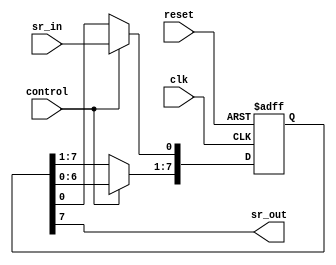
module PR14
#(parameter N=8)
(
	input clk, control, reset,
	input sr_in,
	output sr_out
);
	reg [N-1:0] sr;
	assign sr_out = sr[N-1];
	always @ (posedge clk or posedge reset)
	begin
		if (reset) sr <= {N{1'b0}};
		else
			if (control)
			begin
			sr[N-1:1] <= sr[N-2:0];
			sr[0] <= sr_in;
			end
	end
endmodule

module DUT
#(parameter N=8)
(
	input clk, control, reset,
	input sr_in,
	output reg sr_out
);
	reg [N-1:0] sr;
	always @ (posedge clk or posedge reset)
	begin
		if (reset) begin sr <= {N{1'b0}}; sr_out <= 1'b0; end
		else
			if (control)
			begin
			sr_out <= sr[N-1];
			sr[N-1:1] <= sr[N-2:0];
			sr[0] <= sr_in;
			end
	end
endmodule